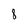
Character: 8